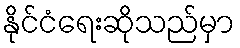
နိုင်ငံရေးဆိုသည်မှာ